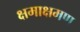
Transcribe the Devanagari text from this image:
क्षमाक्षमण